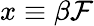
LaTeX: x\equiv\beta{\cal F}